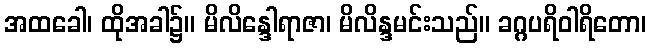
အထခေါ၊ ထိုအခါ၌။ မိလိန္ဒေါရာဇာ၊ မိလိန္ဒမင်းသည်။ ခဂ္ဂပရိဝါရိတော၊